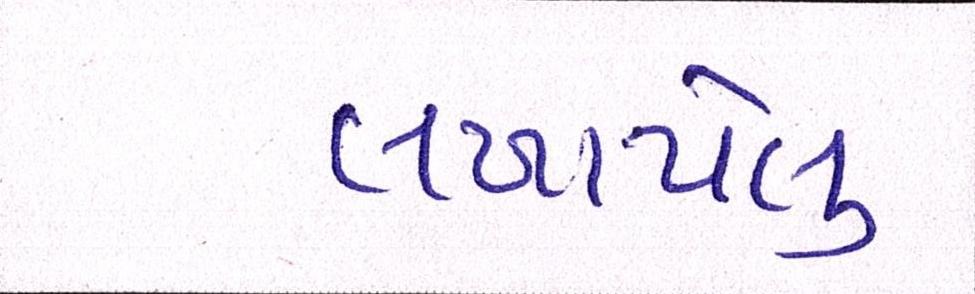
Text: લખાયેલુ